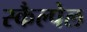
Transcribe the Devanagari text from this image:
स्कैल्पेल